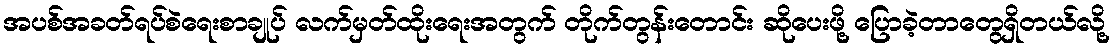
အပစ်အခတ်ရပ်စဲရေးစာချုပ် လက်မှတ်ထိုးရေးအတွက် တိုက်တွန်းတောင်း ဆိုပေးဖို့ ပြောခဲ့တာတွေရှိတယ်လို့